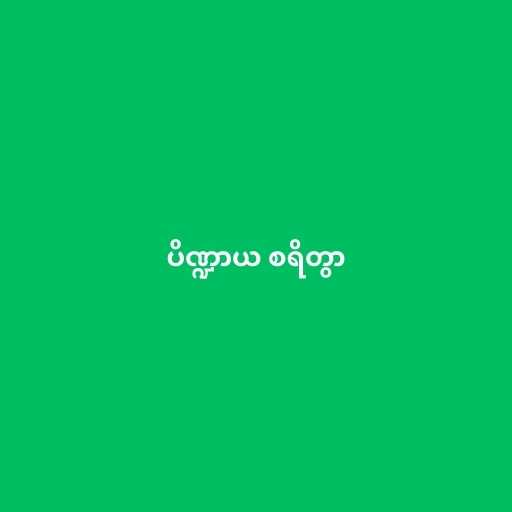
ပိဏ္ဍာယ စရိတွာ